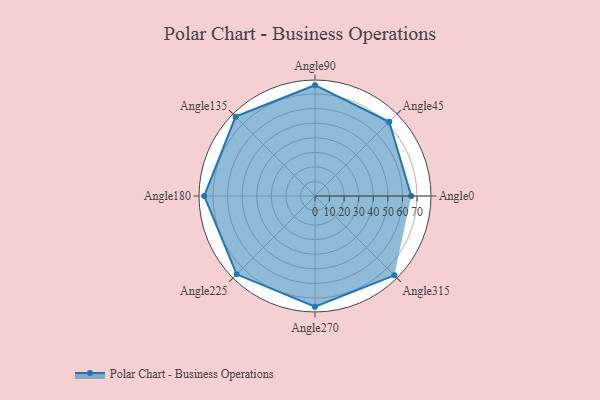
{"axis": {"x": "Angle", "y": "Radius"}, "legend": [""], "data": [{"x": "Angle0", "y": 66.0, "type": ""}, {"x": "Angle45", "y": 72.0, "type": ""}, {"x": "Angle90", "y": 76.0, "type": ""}, {"x": "Angle135", "y": 77.0, "type": ""}, {"x": "Angle180", "y": 76.0, "type": ""}, {"x": "Angle225", "y": 76.0, "type": ""}, {"x": "Angle270", "y": 76.0, "type": ""}, {"x": "Angle315", "y": 77.0, "type": ""}]}